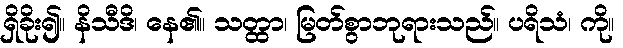
ရှိခိုး၍။ နိသီဒိ၊ နေ၏။ သတ္ထာ၊ မြတ်စွာဘုရားသည်။ ပရိသံ၊ ကို။